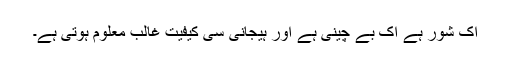
اک شور ہے اک بے چینی ہے اور ہیجانی سی کیفیت غالب معلوم ہوتی ہے۔